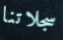
سجلاتنا